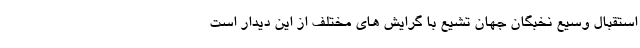
استقبال وسیع نخبگان جهان تشیع با گرایش های مختلف از این دیدار است